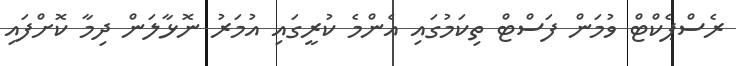
ރެސްޕެކްޓް ވުމަން ފަސްޓް ތިކަމުގައި އެންމެ ކުރީގައި އުމަރު ނޮޅާލަން ދިމާ ކޮށްފައި